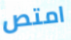
امتص